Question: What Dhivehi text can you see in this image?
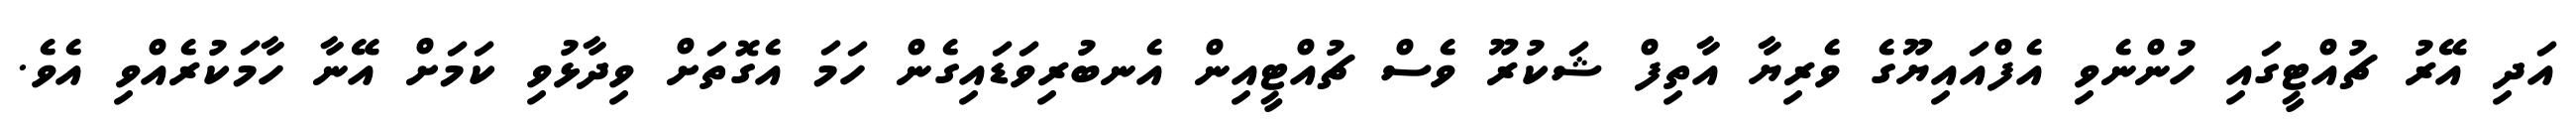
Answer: އަދި އޭރު ޗުއްޓީގައި ހުންނެވި އެފްއައިޔޫގެ ވެރިޔާ އާތިފް ޝަކުރޫ ވެސް ޗުއްޓީއިން އެނބުރިވަޑައިގެން ހަމަ އެގޮތަށް ވިދާޅުވި ކަމަށް އޭނާ ހާމަކުރެއްވި އެވެ.